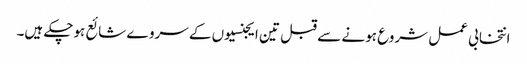
انتخابی عمل شروع ہونے سے قبل تین ایجنسیوں کے سروے شائع ہوچکے ہیں۔